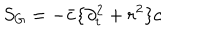
LaTeX: S _ { G } = - \bar { c } \{ \partial _ { t } ^ { 2 } + r ^ { 2 } \} c